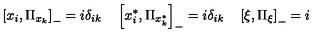
\left[ x _ { i } , \Pi _ { x _ { k } } \right] _ { - } = i \delta _ { i k } \quad \left[ x _ { i } ^ { * } , \Pi _ { x _ { k } ^ { * } } \right] _ { - } = i \delta _ { i k } \quad \left[ \xi , \Pi _ { \xi } \right] _ { - } = i